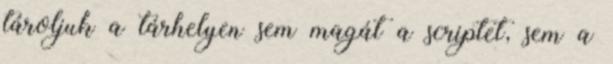
tároljuk a tárhelyen sem magát a scriptet, sem a